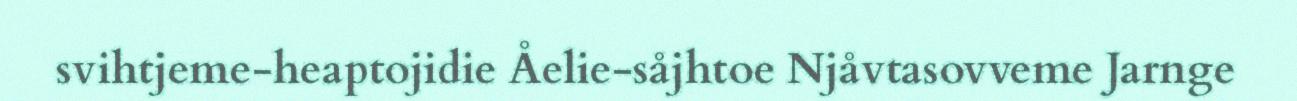
svihtjeme-heaptojidie Åelie-såjhtoe Njåvtasovveme Jarnge